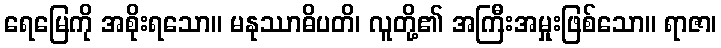
ရေမြေကို အစိုးရသော။ မနုဿာဓိပတိ၊ လူတို့၏ အကြီးအမှုးဖြစ်သော။ ရာဇာ၊